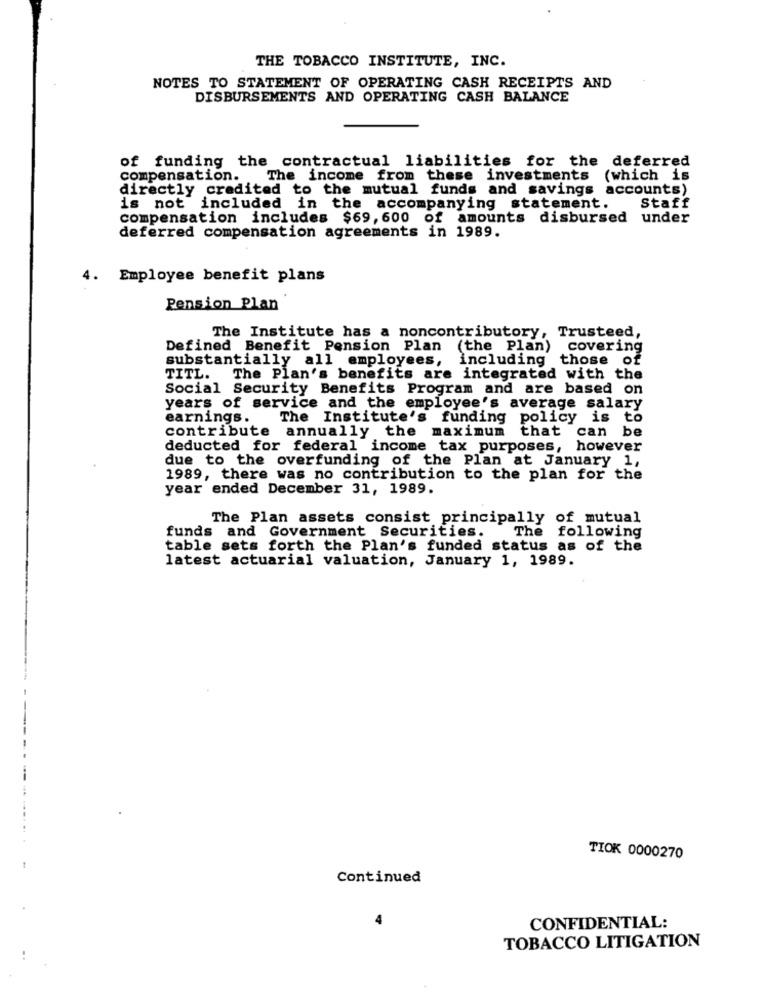
THE TOBACCO INSTITUTE, INC.
NOTES TO STATEMENT OF OPERATING CASH RECEIPTS AND
DISBURSEMENTS AND OPERATING CASH BALANCE
of funding the contractual liabilities for the deferred
compensation.
The income from these investments (which is
directly credited to the mutual funds and savings accounts)
is not included in the accompanying statement.
Staff
compensation includes $69, 600 of amounts disbursed under
deferred compensation agreements in 1989.
4.
Employee benefit plans
Pension Plan
The Institute has a noncontributory, Trusteed,
Defined Benefit Pension Plan (the Plan)
covering
substantially all employees,
including those of
TITL.
The Plan's benefits are integrated with the
Social Security Benefits Program and are based on
years of service and the employee's average salary
earnings.
The Institute's funding policy is to
contribute annually the maximum
that can be
deducted for federal income tax purposes,
however
due to the overfunding of the Plan at January 1,
1989, there was no contribution to the plan for the
year ended December 31, 1989.
The Plan assets consist principally of mutual
funds and Government Securities.
The following
table sets forth the Plan's funded status as of the
latest actuarial valuation, January 1, 1989.
TIOK 0000270
Continued
4
CONFIDENTIAL:
TOBACCO LITIGATION